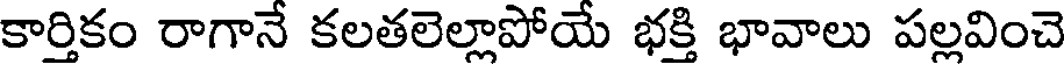
కార్తికం రాగానే కలతలెల్లాపోయే భక్తి భావాలు పల్లవించె